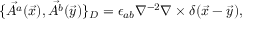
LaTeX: \{ \vec { A ^ { a } } ( \vec { x } ) , \vec { A ^ { b } } ( \vec { y } ) \} _ { D } = \epsilon _ { a b } \nabla ^ { - 2 } \nabla \times \delta ( \vec { x } - \vec { y } ) ,